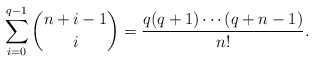
\begin{align*}\sum_{i=0}^{q-1}\binom{n+i-1}{i}=\frac{q(q+1)\cdots (q+n-1)}{n!}.\end{align*}